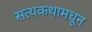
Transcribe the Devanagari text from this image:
सत्यकथामधून